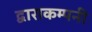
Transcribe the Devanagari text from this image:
द्वाराकम्‍पनी